Sanitation, dispensaries and jails vaccination Rajputana 1922-1927 - 1922-1927
Year: 1922
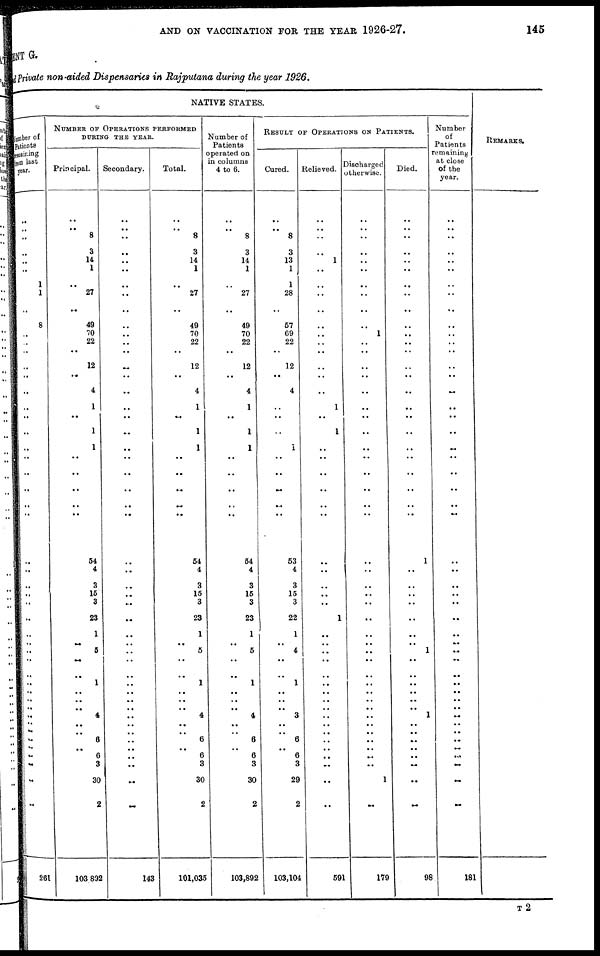
AND ON VACCINATION FOR THE YEAR 1926-27.
145
MENT G.
Private non-aided Dispensaries in Rajputana during the year 1926.
NATIVE STATES.
Number of
Patients
Remaining
from last
year.
..
..
..
..
..
..
1
1
..
8
..
..
..
..
..
..
..
..
..
..
..
..
..
..
..
..
..
..
..
..
..
..
..
..
..
..
..
..
..
.. ..
..
..
..
..
..
..
..
..
261
NUMBER OF OPERATIONS PERFORMED
DURING THE YEAR.
Principal.
..
..
8
3
14
1
..
27
..
49
70
22
..
12
..
4
1
..
1
1
..
..
..
..
..
54
4
3
15
3
23
1
.. 5
..
..
1
..
..
..
4
..
..
6
.. 6
3
30
2
103,892
Secondary.
..
..
..
..
..
..
..
..
..
..
..
..
..
..
..
..
..
..
..
..
..
..
..
..
..
..
..
..
..
..
..
..
..
..
..
..
..
..
..
..
..
..
..
..
..
..
..
..
..
143
Total.
..
..
8
3
14
1
..
27
..
49
70
22
..
12
..
4
1
..
1
1
..
..
..
..
..
54
4
3
15
3
23
1
.. 5
..
..
1
..
..
..
4
..
..
6
.. 6
3
30
2
101,035
Number of
Patients
operated on
in columns
4 to 6.
..
..
8
3
14
1
..
27
..
49
70
22
..
12
..
4
1
..
1
1
..
..
..
..
..
54
4
3
15
3
23
1
.. 5
..
..
1
..
..
..
4
..
..
6
.. 6
3
30
2
103,892
RESULT OF OPERATIONS ON PATIENTS.
Cured.
..
..
8
3
13
1
1
28
..
57
69
22
..
12
..
4
..
..
..
1
..
..
..
..
..
53
4
3
15
3
22
1
.. 4
..
..
1
..
..
..
3
..
..
6
.. 6
3
29
2
103,104
Relieved.
..
..
..
..
1
..
..
..
..
..
..
..
..
..
..
..
1
..
1
..
..
..
..
..
..
..
..
..
..
..
1
..
..
..
..
..
..
..
..
.. ..
..
..
..
..
..
..
..
..
591
Discharged
otherwise.
..
..
..
..
..
..
..
..
..
..
1
..
..
..
..
..
..
..
..
..
..
..
..
..
..
..
..
..
..
..
..
..
..
..
..
..
..
..
..
.. ..
..
..
..
..
..
..
1
..
179
Died.
..
..
..
..
..
..
..
..
..
..
..
..
..
..
..
..
..
..
..
..
..
..
..
..
..
1
..
..
..
..
..
..
.. 1
..
..
..
..
..
..
1
..
..
..
..
..
..
..
..
98
Number
of
Patients
remaining
at close
of the
year.
..
..
..
..
..
..
..
..
..
..
..
..
..
..
..
..
..
..
..
..
..
..
..
..
..
..
..
..
..
..
..
..
..
..
..
..
..
..
..
..
..
..
..
..
..
...
..
..
..
181
REMARKS.
T2